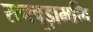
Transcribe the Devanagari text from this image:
रत्नचूड़ामणि